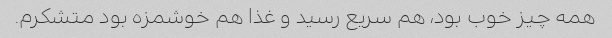
همه چیز خوب بود، هم سریع رسید و غذا هم خوشمزه بود متشکرم.